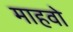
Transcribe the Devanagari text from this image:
माहवो